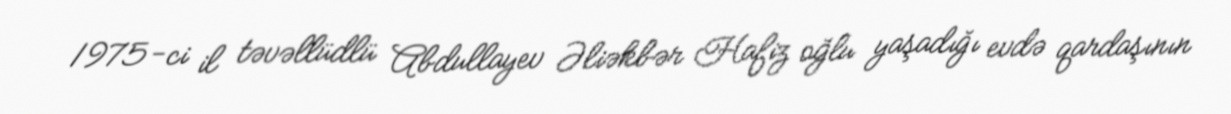
1975-ci il təvəllüdlü Abdullayev Əliəkbər Hafiz oğlu yaşadığı evdə qardaşının